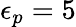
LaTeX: \epsilon_{p}=5